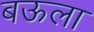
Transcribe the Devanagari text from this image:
बऊला